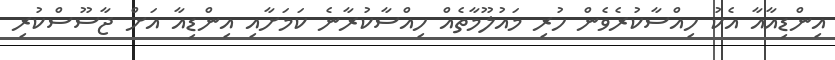
އިންޑިއާއާ އެކު ހިއްސާކުރެވެން ހުރި މައުލޫމާތެއް ހިއްސާކުރާނެ ކަމަށާއި އިންޑިއާ އަށް ޖާސޫސްކުރި